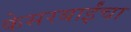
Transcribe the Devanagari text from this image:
केसरबाईंचा